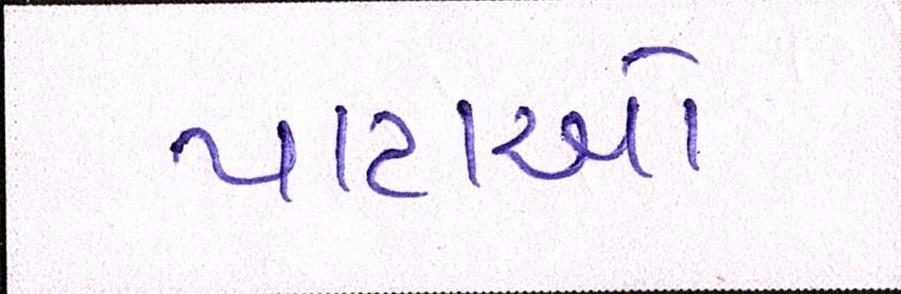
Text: પાટાઓ